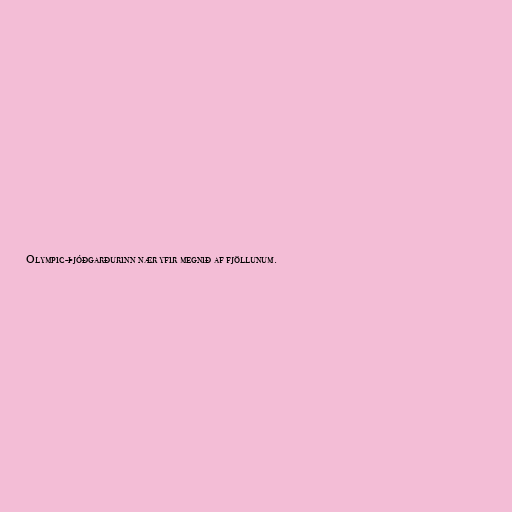
Olympic-þjóðgarðurinn nær yfir megnið af fjöllunum.